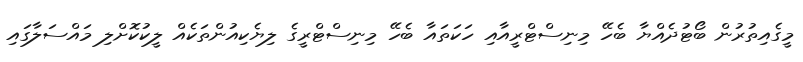
މީގެއިތުރުން ބޯޓުދެއްޔާ ބެހޭ މިނިސްޓްރީއާއި ހަކަތައާ ބެހޭ މިނިސްޓްރީގެ ލިޔެކިއުންތަކެއް ލީކުކޮށްލި މައްސަލާގައި